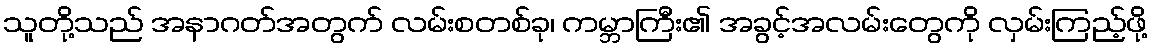
သူတို့သည် အနာဂတ်အတွက် လမ်းစတစ်ခု၊ ကမ္ဘာကြီး၏ အခွင့်အလမ်းတွေကို လှမ်းကြည့်ဖို့